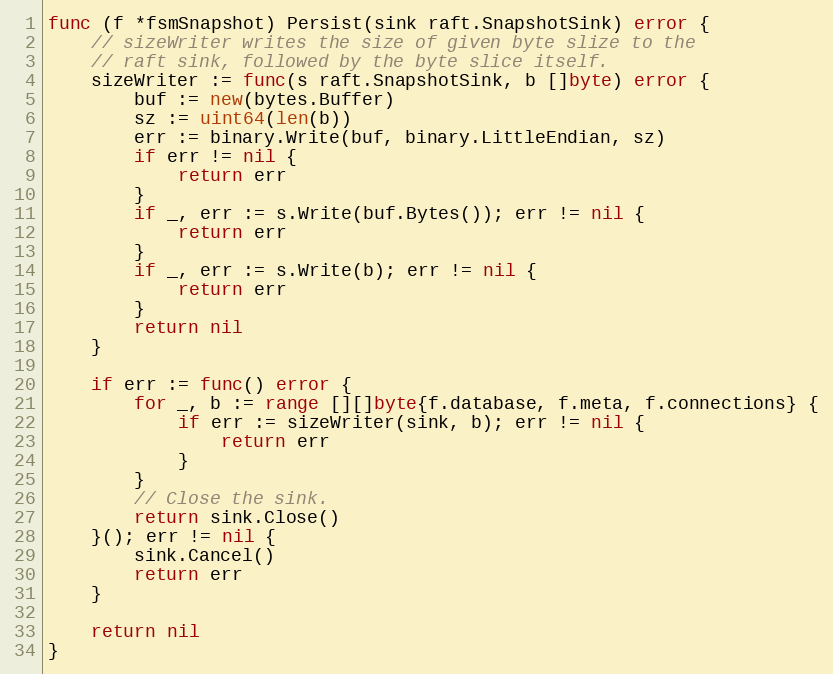
Language: Go
func (f *fsmSnapshot) Persist(sink raft.SnapshotSink) error {
	// sizeWriter writes the size of given byte slize to the
	// raft sink, followed by the byte slice itself.
	sizeWriter := func(s raft.SnapshotSink, b []byte) error {
		buf := new(bytes.Buffer)
		sz := uint64(len(b))
		err := binary.Write(buf, binary.LittleEndian, sz)
		if err != nil {
			return err
		}
		if _, err := s.Write(buf.Bytes()); err != nil {
			return err
		}
		if _, err := s.Write(b); err != nil {
			return err
		}
		return nil
	}

	if err := func() error {
		for _, b := range [][]byte{f.database, f.meta, f.connections} {
			if err := sizeWriter(sink, b); err != nil {
				return err
			}
		}
		// Close the sink.
		return sink.Close()
	}(); err != nil {
		sink.Cancel()
		return err
	}

	return nil
}